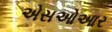
એસઓઆર